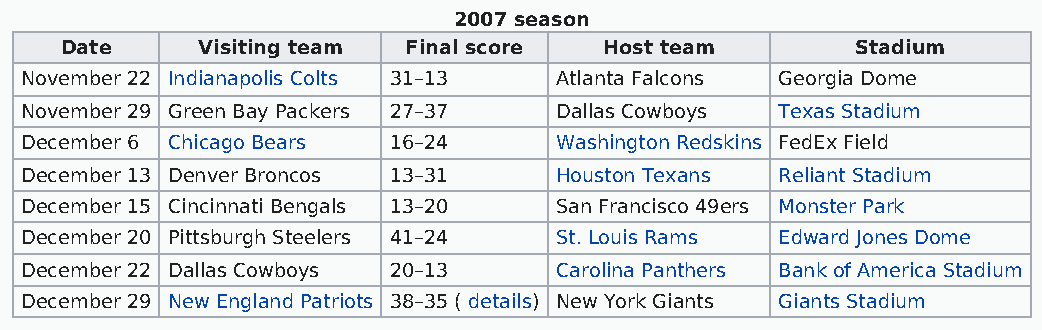
2007 season
 Date     Visiting team Final score  Host team        Stadium
 November 22 Indianapolis Colts 31–13 Atlanta Falcons Georgia Dome
 November 29 Green Bay Packers 27–37 Dallas Cowboys Texas Stadium
 December 6 Chicago Bears 16–24      Washington Redskins FedEx Field
 December 13 Denver Broncos 13–31    Houston Texans Reliant Stadium
 December 15 Cincinnati Bengals 13–20 San Francisco 49ers Monster Park
 December 20 Pittsburgh Steelers 41–24 St. Louis Rams Edward Jones Dome
 December 22 Dallas Cowboys 20–13    Carolina Panthers Bank of America Stadium
 December 29 New England Patriots 38–35 ( details) New York Giants Giants Stadium